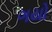
ગયો